Document type: Oath
Year: 1447
Scribe: Pere Figuerola
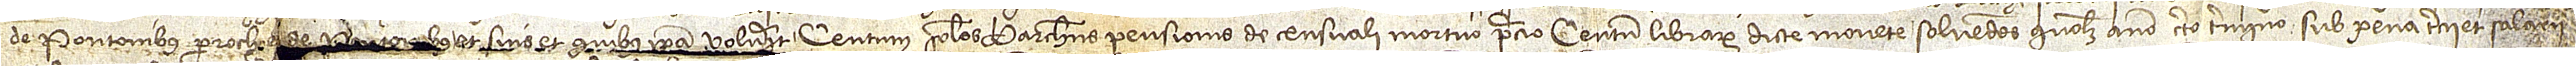
de Pontonibus, parrochie de [Pon]to[ni]bus,  et suis et quibus ipsa voluerit centum solidos barchinonenses pensionis de censuali mortuo precio centum librarum dicte monete solvendos quolibet anno certo termino sub pena tercii et salarii